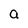
Character: a